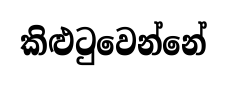
කිළුටුවෙන්නේ